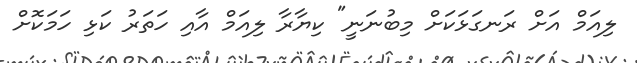
ލިއަމް އަށް ރަނގަޅަކަށް މިބުނަނީ" ކިޔާރާ ލިއަމް އާއި ހަތަރު ކަޅި ހަމަކޮށް